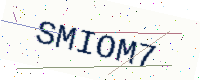
Text: SMIOM7